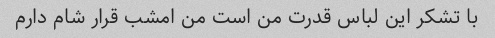
با تشکر این لباس قدرت من است من امشب قرار شام دارم